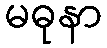
မဓုနာ